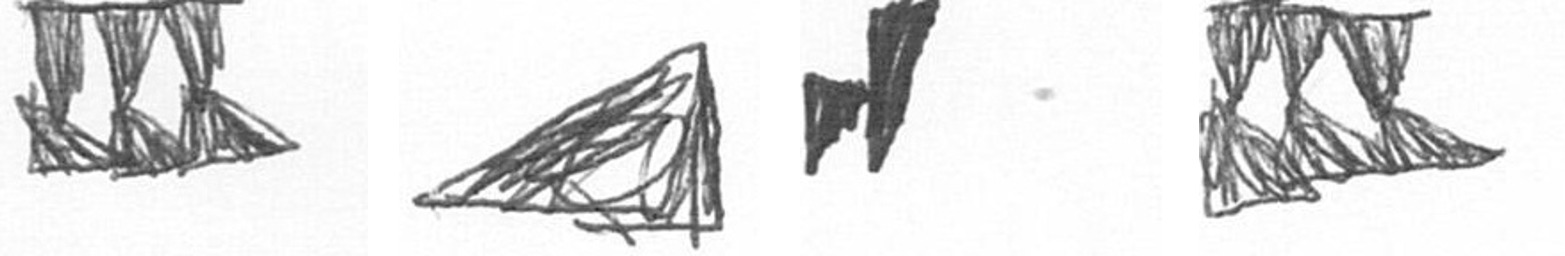
D O M D